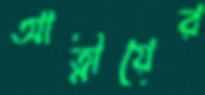
আত্নীয়ের